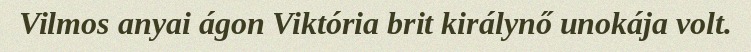
Vilmos anyai ágon Viktória brit királynő unokája volt.